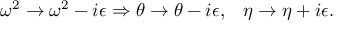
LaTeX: \omega ^ { 2 } \rightarrow \omega ^ { 2 } - i \epsilon \Rightarrow \theta \rightarrow \theta - i \epsilon , \; \; \; \eta \rightarrow \eta + i \epsilon .